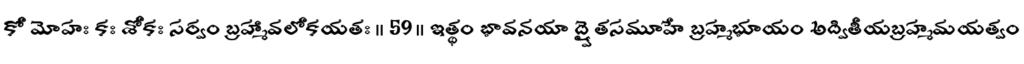
కో మోహః కః శోకః సర్వం బ్రహ్మావలోకయతః ॥ 59 ॥ ఇత్థం భావనయా ద్వైతసమూహే బ్రహ్మభూయం అద్వితీయబ్రహ్మమయత్వం